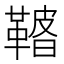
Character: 𩌀